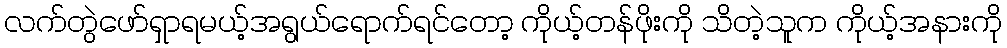
လက်တွဲဖော်ရှာရမယ့်အရွယ်ရောက်ရင်တော့ ကိုယ့်တန်ဖိုးကို သိတဲ့သူက ကိုယ့်အနားကို